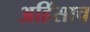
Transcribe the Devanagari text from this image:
अहिंसाच